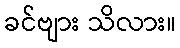
ခင်ဗျား သိလား။